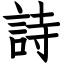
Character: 詩